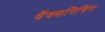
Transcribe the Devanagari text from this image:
थैंक्‍सगिविंग